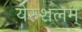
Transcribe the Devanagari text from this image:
येरुशलम्